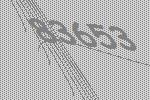
83653